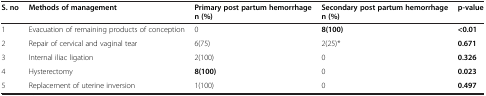
<table><thead><tr><td><b>S. no</b></td><td><b>Methods of management</b></td><td><b>Primary post partum hemorrhage n (%)</b></td><td><b>Secondary post partum hemorrhage n (%)</b></td><td><b>p-value</b></td></tr></thead><tbody><tr><td>1</td><td>Evacuation of remaining products of conception</td><td>0</td><td><b>8(100)</b></td><td><b>&lt;0.01</b></td></tr><tr><td>2</td><td>Repair of cervical and vaginal tear</td><td>6(75)</td><td>2(25)*</td><td><b>0.671</b></td></tr><tr><td>3</td><td>Internal iliac ligation</td><td>2(100)</td><td>0</td><td><b>0.326</b></td></tr><tr><td>4</td><td>Hysterectomy</td><td><b>8(100)</b></td><td>0</td><td><b>0.023</b></td></tr><tr><td>5</td><td>Replacement of uterine inversion</td><td>1(100)</td><td>0</td><td><b>0.497</b></td></tr></tbody></table>